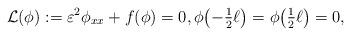
LaTeX: \begin{align*}\mathcal{L}(\phi):=\varepsilon^2\phi_{xx}+f(\phi)=0, \phi\bigl(-\tfrac12\ell\bigr)=\phi\bigl(\tfrac12\ell\bigr)=0,\end{align*}